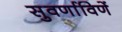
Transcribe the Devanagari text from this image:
सुवर्णाविणें